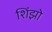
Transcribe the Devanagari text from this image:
शिंझो